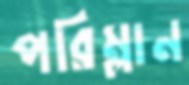
পরিম্লান